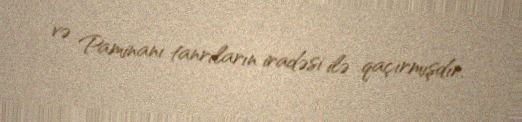
və Paminanı tanrıların iradəsi ilə qaçırmışdır.